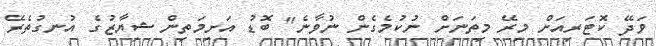
ވަދޭ ކޮޓަރިއަށް މިރޭ މިތަނަށް ނުކުމެގެން ނުވާނެ" ބޮޑު އަށިމަތިން ޝިޔާޒުގެ އުނގުތެރޭ